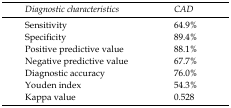
<table><thead><tr><td><b>Diagnostic characteristics</b></td><td><b>CAD</b></td></tr></thead><tbody><tr><td>Sensitivity</td><td>64.9%</td></tr><tr><td>Specificity</td><td>89.4%</td></tr><tr><td>Positive predictive value</td><td>88.1%</td></tr><tr><td>Negative predictive value</td><td>67.7%</td></tr><tr><td>Diagnostic accuracy</td><td>76.0%</td></tr><tr><td>Youden index</td><td>54.3%</td></tr><tr><td>Kappa value</td><td>0.528</td></tr></tbody></table>